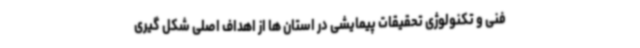
فنی و تکنولوژی تحقیقات پیمایشی در استان ها از اهداف اصلی شکل گیری